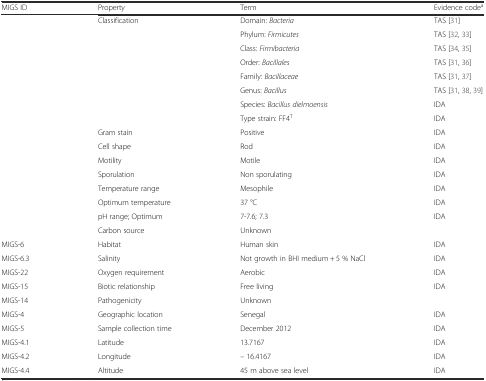
<table><thead><tr><td><b>MIGS ID</b></td><td><b>Property</b></td><td><b>Term</b></td><td><b>Evidence code<sup>a</sup></b></td></tr></thead><tbody><tr><td></td><td>Classification</td><td>Domain: <i>Bacteria</i></td><td>TAS [31]</td></tr><tr><td></td><td></td><td>Phylum: <i>Firmicutes</i></td><td>TAS [32, 33]</td></tr><tr><td></td><td></td><td>Class: <i>Firmibacteria</i></td><td>TAS [34, 35]</td></tr><tr><td></td><td></td><td>Order: <i>Bacillales</i></td><td>TAS [31, 36]</td></tr><tr><td></td><td></td><td>Family: <i>Bacillaceae</i></td><td>TAS [31, 37]</td></tr><tr><td></td><td></td><td>Genus: <i>Bacillus</i></td><td>TAS [31, 38, 39]</td></tr><tr><td></td><td></td><td>Species: <i>Bacillus dielmoensis</i></td><td>IDA</td></tr><tr><td></td><td></td><td>Type strain: FF4<sup>T</sup></td><td>IDA</td></tr><tr><td></td><td>Gram stain</td><td>Positive</td><td>IDA</td></tr><tr><td></td><td>Cell shape</td><td>Rod</td><td>IDA</td></tr><tr><td></td><td>Motility</td><td>Motile</td><td>IDA</td></tr><tr><td></td><td>Sporulation</td><td>Non sporulating</td><td>IDA</td></tr><tr><td></td><td>Temperature range</td><td>Mesophile</td><td>IDA</td></tr><tr><td></td><td>Optimum temperature</td><td>37 °C</td><td>IDA</td></tr><tr><td></td><td>pH range; Optimum</td><td>7-7.6; 7.3</td><td>IDA</td></tr><tr><td></td><td>Carbon source</td><td>Unknown</td><td></td></tr><tr><td>MIGS-6</td><td>Habitat</td><td>Human skin</td><td>IDA</td></tr><tr><td>MIGS-6.3</td><td>Salinity</td><td>Not growth in BHI medium + 5 % NaCl</td><td>IDA</td></tr><tr><td>MIGS-22</td><td>Oxygen requirement</td><td>Aerobic</td><td>IDA</td></tr><tr><td>MIGS-15</td><td>Biotic relationship</td><td>Free living</td><td>IDA</td></tr><tr><td>MIGS-14</td><td>Pathogenicity</td><td>Unknown</td><td></td></tr><tr><td>MIGS-4</td><td>Geographic location</td><td>Senegal</td><td>IDA</td></tr><tr><td>MIGS-5</td><td>Sample collection time</td><td>December 2012</td><td>IDA</td></tr><tr><td>MIGS-4.1</td><td>Latitude</td><td>13.7167</td><td>IDA</td></tr><tr><td>MIGS-4.2</td><td>Longitude</td><td>– 16.4167</td><td>IDA</td></tr><tr><td>MIGS-4.4</td><td>Altitude</td><td>45 m above sea level</td><td>IDA</td></tr></tbody></table>